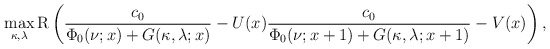
\begin{align*}\max_{\kappa,\lambda}\mathrm{R}\left(\frac{c_0}{\Phi_0(\nu;x)+G(\kappa,\lambda;x)}-U(x)\frac{c_0}{\Phi_0(\nu;x+1)+G(\kappa,\lambda;x+1)}-V(x)\right),\end{align*}